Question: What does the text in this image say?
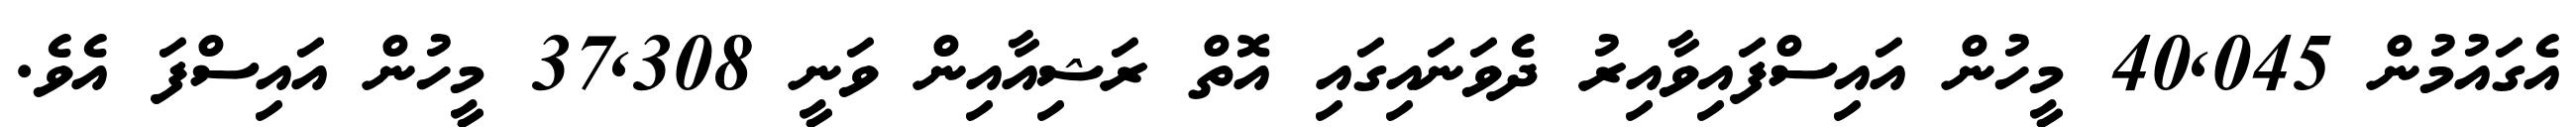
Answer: އެގައުމުން 40,045 މީހުން އައިސްފައިވާއިރު ދެވަނައިގައި އޮތް ރަޝިއާއިން ވަނީ 37,308 މީހުން އައިސްފަ އެވެ.